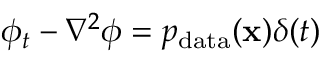
\phi _ { t } - \nabla ^ { 2 } \phi = p _ { \mathrm { d a t a } } ( \mathbf { x } ) \delta ( t )